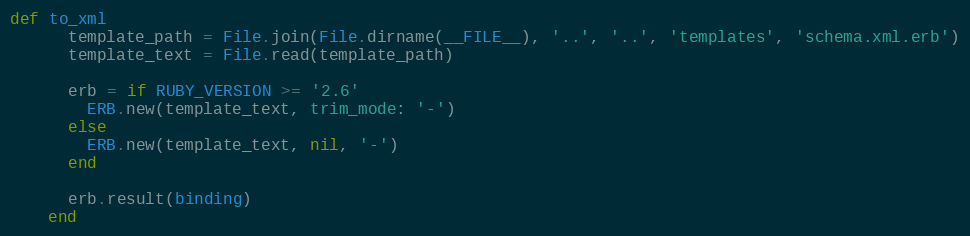
Language: Ruby
def to_xml
      template_path = File.join(File.dirname(__FILE__), '..', '..', 'templates', 'schema.xml.erb')
      template_text = File.read(template_path)

      erb = if RUBY_VERSION >= '2.6'
        ERB.new(template_text, trim_mode: '-')
      else
        ERB.new(template_text, nil, '-')
      end

      erb.result(binding)
    end